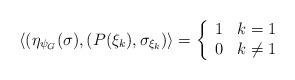
LaTeX: \begin{align*} \langle ( \eta_{\psi_{G}}(\sigma) , (P(\xi_{k}),\sigma_{\xi_{k} }) \rangle=\left\{ \begin{array}{ll} 1 & k = 1\\ 0 & k \neq 1 \end{array} \right. \end{align*}